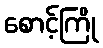
စောင့်ကြို